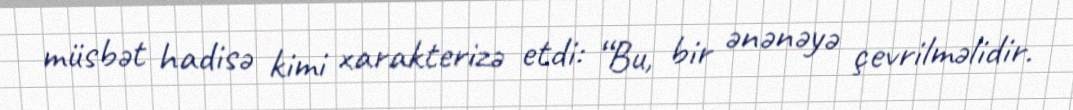
müsbət hadisə kimi xarakterizə etdi: “Bu, bir ənənəyə çevrilməlidir.